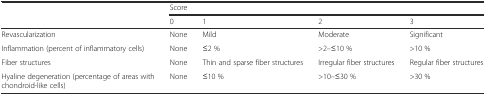
<table><thead><tr><td></td><td colspan="4"><b>Score</b></td></tr><tr><td></td><td><b>0</b></td><td><b>1</b></td><td><b>2</b></td><td><b>3</b></td></tr></thead><tbody><tr><td>Revascularization</td><td>None</td><td>Mild</td><td>Moderate</td><td>Significant</td></tr><tr><td>Inflammation (percent of inflammatory cells)</td><td>None</td><td>≤2 %</td><td>&gt;2–≤10 %</td><td>&gt;10 %</td></tr><tr><td>Fiber structures</td><td>None</td><td>Thin and sparse fiber structures</td><td>Irregular fiber structures</td><td>Regular fiber structures</td></tr><tr><td>Hyaline degeneration (percentage of areas with chondroid-like cells)</td><td>None</td><td>≤10 %</td><td>&gt;10–≤30 %</td><td>&gt;30 %</td></tr></tbody></table>